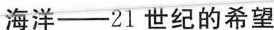
海洋—21世纪的希望